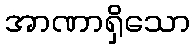
အာဏာရှိသော